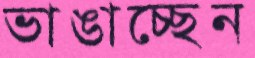
ভাঙাচ্ছেন